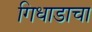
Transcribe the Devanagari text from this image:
गिधाडाचा